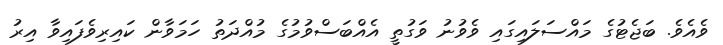
ވެއެވެ. ބަޖެޓުގެ މައްސަލައިގައި ވެވުނު ވަގުތީ އެއްބަސްވުމުގެ މުއްދަތު ހަމަވާން ކައިރިވެފައިވާ އިރު